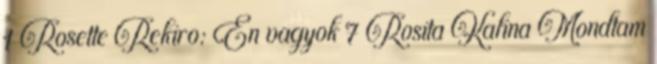
1 Rosette Rekiro: Én vagyok 7 Rosita Kalina Mondtam